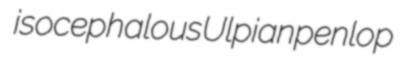
isocephalous Ulpian penlop